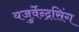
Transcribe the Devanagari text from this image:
यजुर्वेन्द्रसिंग